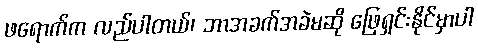
ဖရောက်က လည်ပါတယ်၊ ဘာအခက်အခဲမဆို ဖြေရှင်းနိုင်မှာပါ